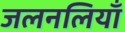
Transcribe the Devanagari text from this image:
जलनलियाँ